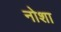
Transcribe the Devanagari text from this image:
नोशा